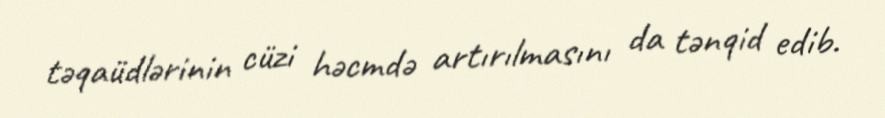
təqaüdlərinin cüzi həcmdə artırılmasını da tənqid edib.